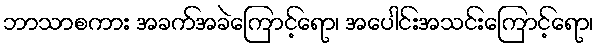
ဘာသာစကား အခက်အခဲကြောင့်ရော၊ အပေါင်းအသင်းကြောင့်ရော၊